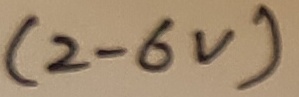
Text: (2-6V)